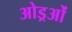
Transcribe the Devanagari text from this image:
ओड्रओं